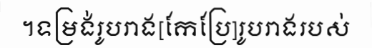
។ទម្រង់រូបរាង[កែប្រែ]រូបរាងរបស់